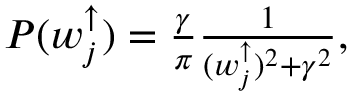
\begin{array} { r } { P ( w _ { j } ^ { \uparrow } ) = \frac { \gamma } { \pi } \frac { 1 } { ( w _ { j } ^ { \uparrow } ) ^ { 2 } + \gamma ^ { 2 } } , } \end{array}